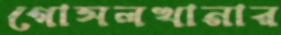
গোসলখানার